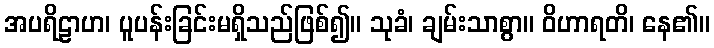
အပရိဠာဟ၊ ပူပန်းခြင်းမရှိသည်ဖြစ်၍။ သုခံ၊ ချမ်းသာစွာ။ ဝိဟာရတိ၊ နေ၏။